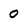
Character: 0